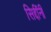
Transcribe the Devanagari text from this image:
सिद्दींनी